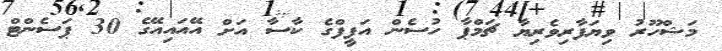
މަޝްހޫރު ވިޔަފާރިވެރިޔާ ޗަމްޕާ ހުސެން އަފީފްގެ ކާސާ އަށް އޭއައިއޭގެ 30 ޕަސެންޓް